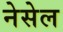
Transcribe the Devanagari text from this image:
नेसेल